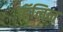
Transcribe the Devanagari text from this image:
व्हॅलिन